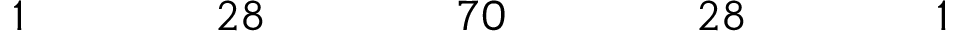
\begin{array} { c c c c c c c c c c c c c c c c c } { { 1 } } & { { } } & { { } } & { { } } & { { 2 8 } } & { { } } & { { } } & { { } } & { { 7 0 } } & { { } } & { { } } & { { } } & { { 2 8 } } & { { } } & { { } } & { { } } & { { 1 } } \end{array}